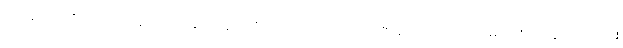
၃၁၊ ၃၂၊ ဒဏ်ကိုလည်းကောင်း၊ သေခြင်းကိုလည်းကောင်း၊ အာဇာနည် ပုဂ္ဂိုလ်များမှ တစ်ပါး ပုဂ္ဂိုလ်တိုင်း